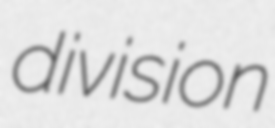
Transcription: division